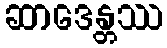
ဆာဒေန္တဿ